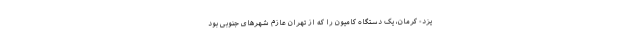
یزد- کرمان، یک دستگاه کامیون را که از تهران عازم شهرهای جنوبی بود